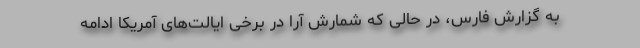
به گزارش فارس، در حالی که شمارش آرا در برخی ایالت‌های آمریکا ادامه